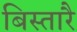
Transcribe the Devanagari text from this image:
बिस्तारै